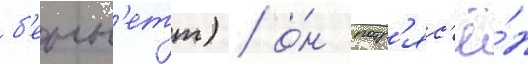
б'енн'етт) / о́н потр'яс'ё́н